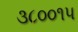
૩૮૦૦૧૫